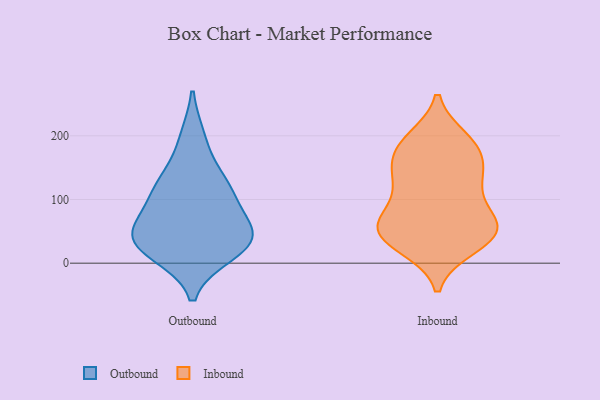
{"axis": {"x": "Production Output", "y": "Value"}, "legend": ["Inbound", "Outbound"], "data": [{"x": "", "y": 35, "type": "Outbound"}, {"x": "", "y": 34, "type": "Outbound"}, {"x": "", "y": 33, "type": "Outbound"}, {"x": "", "y": 113, "type": "Outbound"}, {"x": "", "y": 114, "type": "Outbound"}, {"x": "", "y": 57, "type": "Outbound"}, {"x": "", "y": 55, "type": "Outbound"}, {"x": "", "y": 194, "type": "Outbound"}, {"x": "", "y": 17, "type": "Outbound"}, {"x": "", "y": 125, "type": "Outbound"}, {"x": "", "y": 110, "type": "Inbound"}, {"x": "", "y": 25, "type": "Inbound"}, {"x": "", "y": 134, "type": "Inbound"}, {"x": "", "y": 46, "type": "Inbound"}, {"x": "", "y": 174, "type": "Inbound"}, {"x": "", "y": 142, "type": "Inbound"}, {"x": "", "y": 54, "type": "Inbound"}, {"x": "", "y": 26, "type": "Inbound"}, {"x": "", "y": 117, "type": "Inbound"}, {"x": "", "y": 186, "type": "Inbound"}, {"x": "", "y": 69, "type": "Inbound"}, {"x": "", "y": 142, "type": "Inbound"}, {"x": "", "y": 169, "type": "Inbound"}, {"x": "", "y": 52, "type": "Inbound"}, {"x": "", "y": 66, "type": "Inbound"}, {"x": "", "y": 71, "type": "Inbound"}, {"x": "", "y": 193, "type": "Inbound"}, {"x": "", "y": 40, "type": "Inbound"}, {"x": "", "y": 53, "type": "Inbound"}, {"x": "", "y": 195, "type": "Inbound"}]}